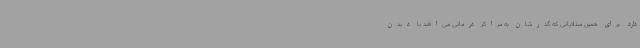
دارد. برای همین مبتلایانی که گذرشان به مراکز درمانی می‌افتد با دیدن